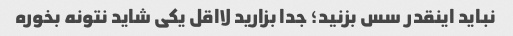
نباید اینقدر سس بزنید؛ جدا بزارید لااقل یکی شاید نتونه بخوره